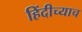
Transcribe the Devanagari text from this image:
हिंदीच्याच